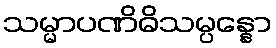
သမ္မာပဏိဓိသမ္ပန္နော